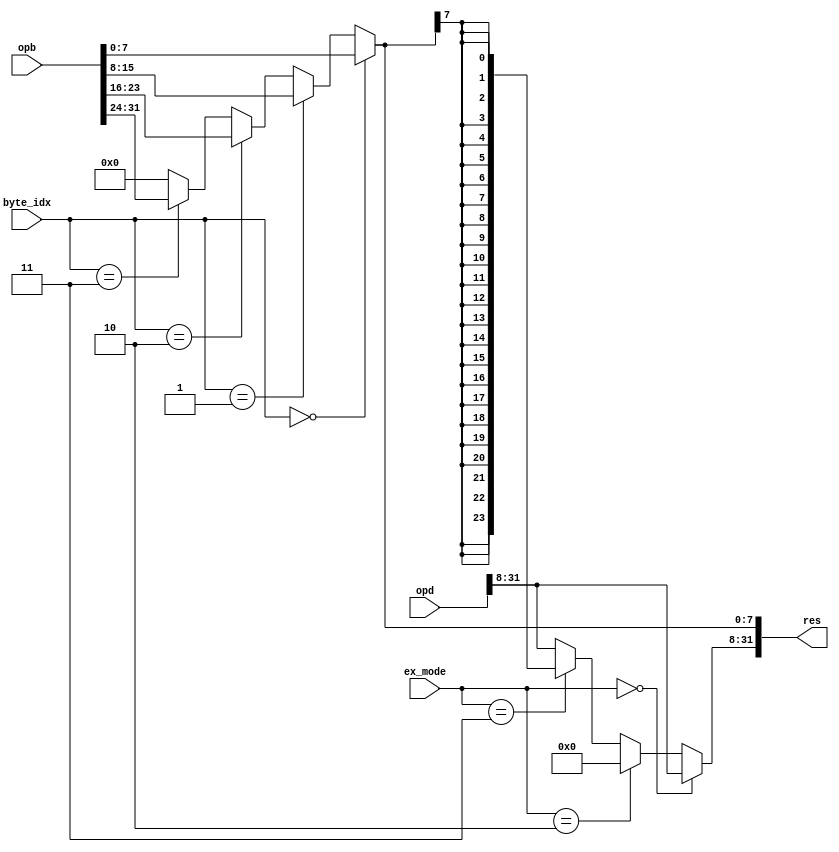
module getb
  #(
    parameter WIDTH= 32
    )
   (
    input wire [WIDTH-1:0]  opd,
    input wire [WIDTH-1:0]  opb,
    input wire [WIDTH-1:0]  byte_idx,
    input wire [1:0] 	    ex_mode,
    output wire [WIDTH-1:0] res
    );

   wire [7:0]		    g_byte;
   assign g_byte= (byte_idx==2'b00)?opb[7:0]:
		  (byte_idx==2'b01)?opb[15:8]:
		  (byte_idx==2'b10)?opb[23:16]:
		  (byte_idx==2'b11)?opb[31:24]:
		  7'b0;
   wire [WIDTH-8:0] 	    ex;
   assign ex= (ex_mode == 2'b00) ? opd[WIDTH-1:8] : // NEX
	      (ex_mode == 2'b10) ? {(WIDTH-8){1'b0}} : // ZEX
	      (ex_mode == 2'b11) ? {(WIDTH-8){g_byte[7]}} : // SEX
	      opd[WIDTH-1:8];
   
   assign res= {ex, g_byte};
   
endmodule // getb